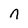
Character: n